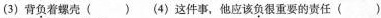
(3)背\underset{·}{负}着螺壳( ) (4)这件事，他应该\underset{·}{负}很重要的责任( )